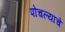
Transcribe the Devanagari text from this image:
पोचल्याचे